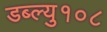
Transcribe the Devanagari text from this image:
डब्ल्यु१०८